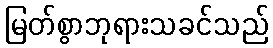
မြတ်စွာဘုရားသခင်သည်